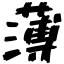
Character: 薄